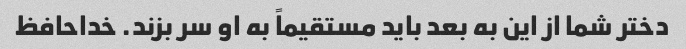
دختر شما از این به بعد باید مستقیماً به او سر بزند. خداحافظ